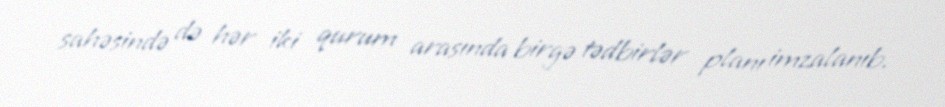
sahəsində də hər iki qurum arasında birgə tədbirlər planı imzalanıb.